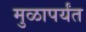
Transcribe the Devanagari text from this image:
मुळापर्यंत